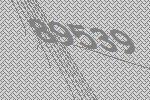
89539